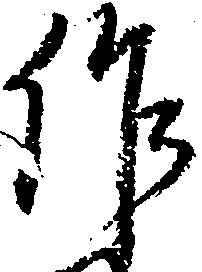
作